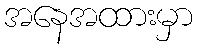
အနေအထားမှာ